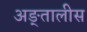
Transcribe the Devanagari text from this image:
अङ्तालीस